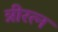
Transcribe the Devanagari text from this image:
त्रीरत्न